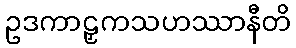
ဥဒကာဠှကသဟဿာနီတိ